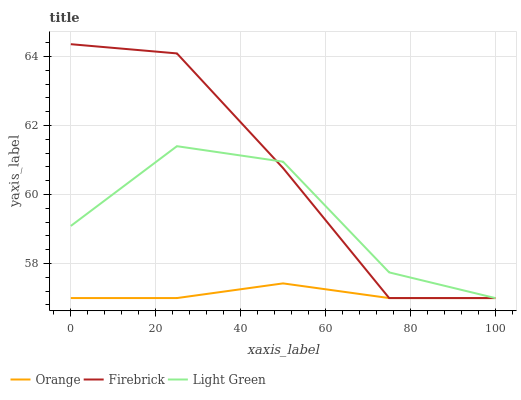
| xaxis_label | Orange | Firebrick | Light Green |
 | --- | --- | --- | --- |
 | 0 | 57 | 64.4 | 59.1 |
 | 25 | 57 | 64.1 | 61.4 |
 | 50 | 57.4 | 60.8 | 61 |
 | 75 | 57 | 57 | 57.7 |
 | 100 | 57 | 57 | 57 |